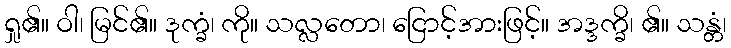
ရှု၏။ ဝါ၊ မြင်၏။ ဒုက္ခံ၊ ကို။ သလ္လတော၊ ငြောင့်အားဖြင့်။ အဒ္ဒက္ခိ၊ ၏။ သန္တံ၊